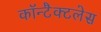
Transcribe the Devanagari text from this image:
कॉन्टैक्टलेस